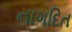
નાગદિત